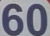
60